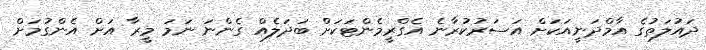
ދައުލަތުގެ އާމްދަނީއަކަށް އަސަރުކުރާނެ އެގްރީމެންޓަކަށް ބަދަލެއް ގެންނަ ނަމަ މީރާ އަށް އެންގުމަށް